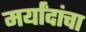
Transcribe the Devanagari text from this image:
मर्यांदांचा